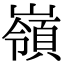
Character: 嶺